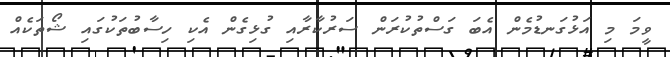
ވީމަ މި އަޅުގަނޑުމެން އެބަ ގަސްތުކުރަން ސަރުކާރާއި ގުޅިގެން އެކި ހިސާބުތަކުގައި ޝޯތަކެއް